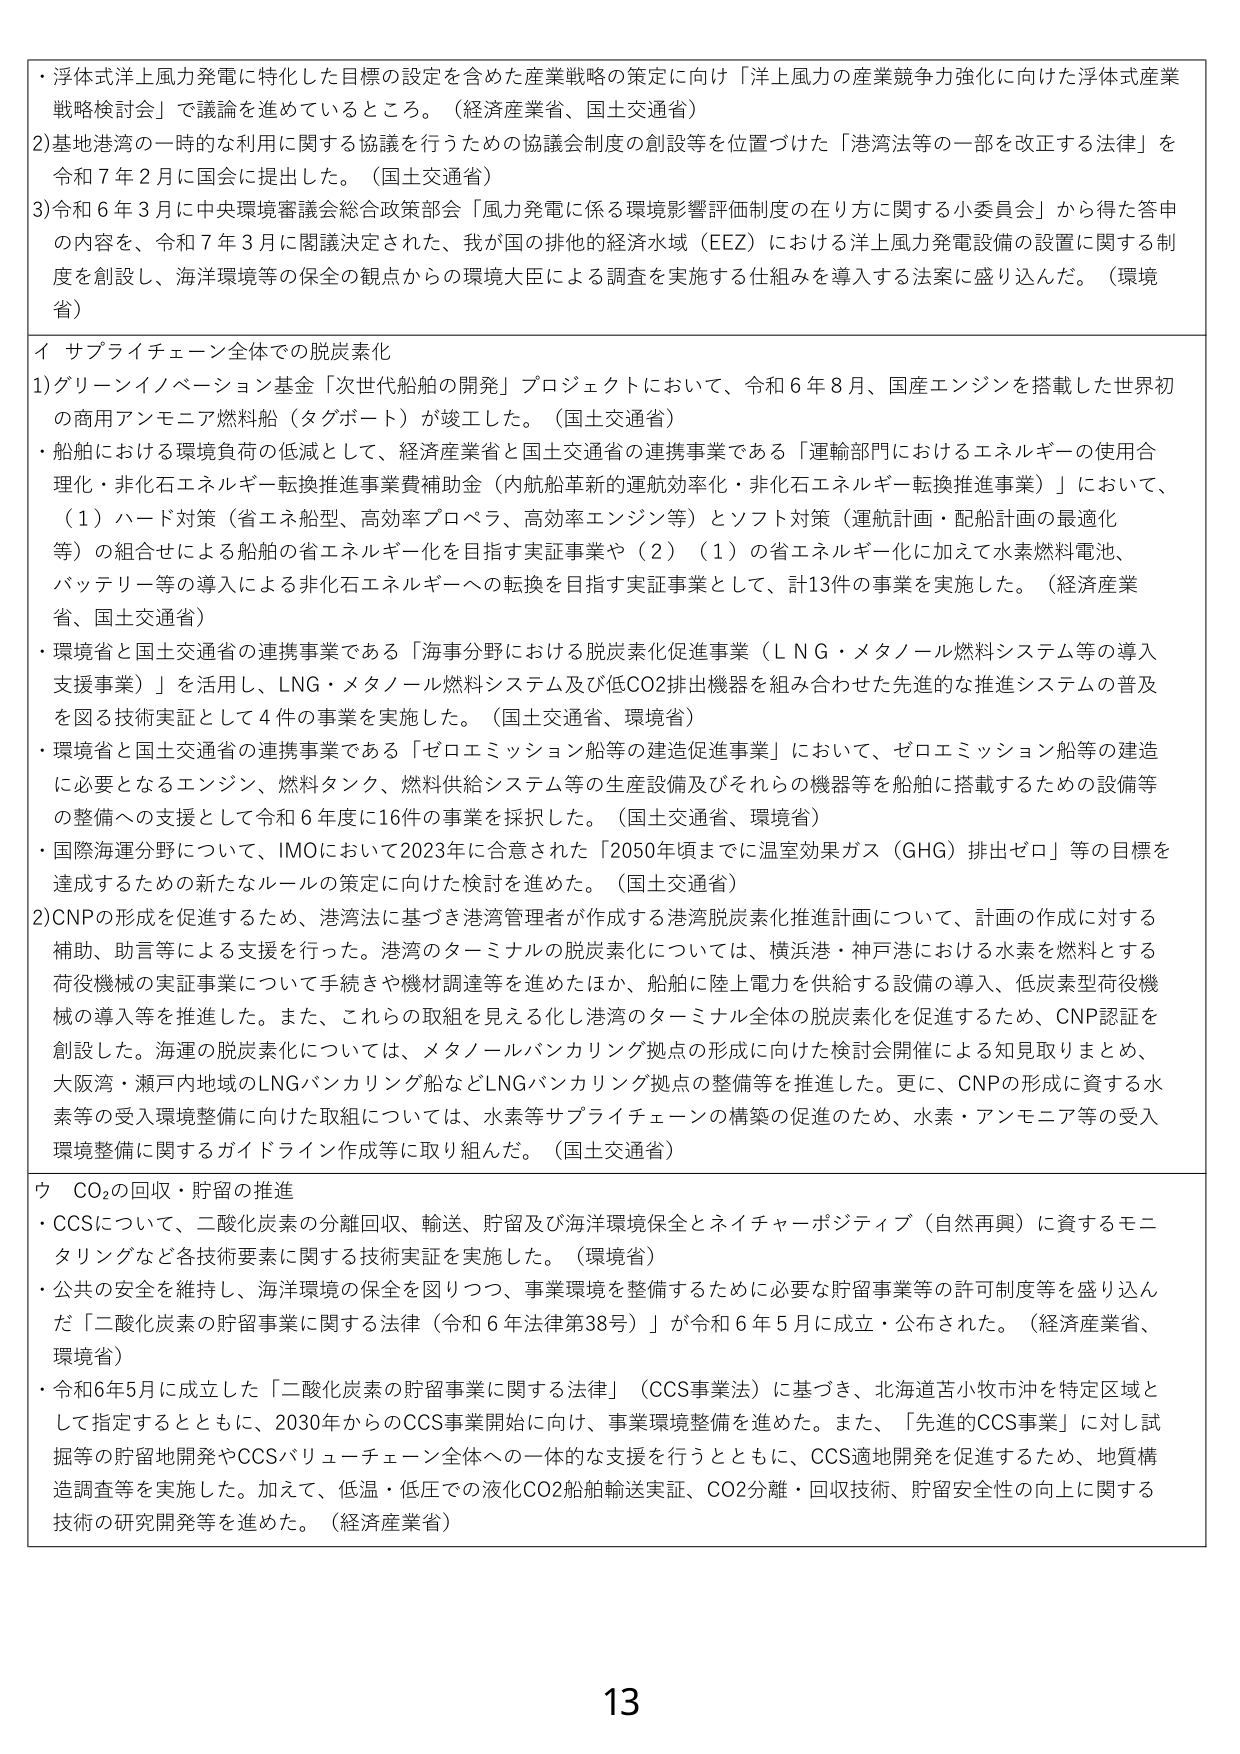
・浮体式洋上風力発電に特化した目標の設定を含めた産業戦略の策定に向け「洋上風力の産業競争力強化に向けた浮体式産業戦略検討会」で議論を進めているところ。（経済産業省、国土交通省）
2)基地港湾の一時的な利用に関する協議を行うための協議会制度の創設等を位置づけた「港湾法等の一部を改正する法律」を令和7年2月に国会に提出した。（国土交通省）
3)令和6年3月に中央環境審議会総合政策部会「風力発電に係る環境影響評価制度の在り方に関する小委員会」から得た答申の内容を、令和7年3月に閣議決定された、我が国の排他的経済水域（EEZ）における洋上風力発電設備の設置に関する制度を創設し、海洋環境等の保全の観点からの環境大臣による調査を実施する仕組みを導入する法案に盛り込んだ。（環境省）

イ サプライチェーン全体での脱炭素化
1)グリーンイノベーション基金「次世代船舶の開発」プロジェクトにおいて、令和6年8月、国産エンジンを搭載した世界初の商用アンモニア燃料船（タグボート）が竣工した。（国土交通省）
・船舶における環境負荷の低減として、経済産業省と国土交通省の連携事業である「運輸部門におけるエネルギーの使用合理化・非化石エネルギー転換推進事業費補助金（内航船革新の運航効率化・非化石エネルギー転換推進事業）」において、（1）ハード対策（省エネ船型、高効率プロペラ、高効率エンジン等）とソフト対策（運航計画・配船計画の最適化等）の組合せによる船舶の省エネルギー化を目指す実証事業や（2）（1）の省エネルギー化に加えて水素燃料電池、バッテリー等の導入による非化石エネルギーへの転換を目指す実証事業として、計13件の事業を実施した。（経済産業省、国土交通省）
・環境省と国土交通省の連携事業である「海事分野における脱炭素化促進事業（LNG・メタノール燃料システム等の導入支援事業）」を活用し、LNG・メタノール燃料システム及び低CO2排出機器を組み合わせた先進的な推進システムの普及を図る技術実証として4件の事業を実施した。（国土交通省、環境省）
・環境省と国土交通省の連携事業である「ゼロエミッション船等の建造促進事業」において、ゼロエミッション船等の建造に必要となるエンジン、燃料タンク、燃料供給システム等の生産設備及びそれらの機器等を船舶に搭載するための設備等の整備への支援として令和6年度に16件の事業を採択した。（国土交通省、環境省）
・国際海運分野について、IMOにおいて2023年に合意された「2050年頃までに温室効果ガス（GHG）排出ゼロ」等の目標を達成するための新たなルールの策定に向けた検討を進めた。（国土交通省）
2)CNPの形成を促進するため、港湾法に基づき港湾管理者が作成する港湾脱炭素化推進計画について、計画の作成に対する補助、助言等による支援を行った。港湾のターミナルの脱炭素化については、横浜港・神戸港における水素を燃料とする荷役機械の実証事業について手続きや機材調達等を進めたほか、船舶に陸上電力を供給する設備の導入、低炭素型荷役機械の導入等を推進した。また、これらの取組を見える化し港湾のターミナル全体の脱炭素化を促進するため、CNP認証を創設した。推進の脱炭素化については、メタノールバンカリング拠点の形成に向けた検討会開催による知見取りまとめ、大阪湾・瀬戸内地域のLNGバンカリング船などLNGバンカリング拠点の整備等を推進した。更に、CNPの形成に資する水素等の受入環境整備に向けた取組については、水素等サプライチェーンの構築の促進のため、水素・アンモニア等の受入環境整備に関するガイドライン作成等に取り組んだ。（国土交通省）

ウ CO₂の回収・貯留の推進
・CCSについて、二酸化炭素の分離回収、輸送、貯留及び海洋環境保全とネイチャーポジティブ（自然再興）に資するモニタリングなど各技術要素に関する技術実証を実施した。（環境省）
・公共の安全を維持し、海洋環境の保全を図りつつ、事業環境を整備するために必要な貯留事業等の許可制度等を盛り込んだ「二酸化炭素の貯留事業に関する法律（令和6年法律第38号）」が令和6年5月に成立・公布された。（経済産業省、環境省）
・令和6年5月に成立した「二酸化炭素の貯留事業に関する法律」（CCS事業法）に基づき、北海道苫小牧市沖を特定区域として指定するとともに、2030年からのCCS事業開始に向け、事業環境整備を進めた。また、「先進的CCS事業」に対し試掘等の貯留地開発やCCSバリューチェーン全体への一体的な支援を行うとともに、CCS適地開発を促進するため、地質構造調査等を実施した。加えて、低温・低圧での液化CO2船舶輸送実証、CO2分離・回収技術、貯留安全性の向上に関する技術の研究開発等を進めた。（経済産業省）

13